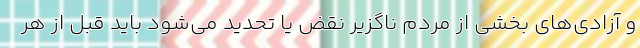
و آزادی‌های بخشی از مردم ناگزیر نقض یا تحدید می‌شود باید قبل از هر